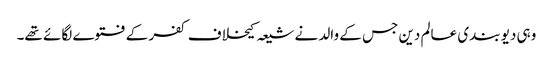
وہی دیو بندی عالم دین جس کے والد نے شیعہ کیخلاف کفر کے فتوے لگائے تھے۔